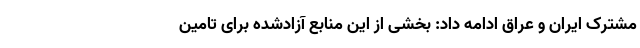
مشترک ایران و عراق ادامه داد: بخشی از این منابع آزادشده برای تامین